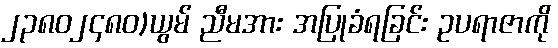
၂၃၈၀၂၄၈၀)ယွမ် ညီမအား အပြုခံရခြင်း ဥပရာဇာကို